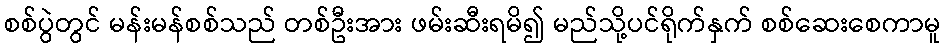
စစ်ပွဲတွင် မန်းမန်စစ်သည် တစ်ဦးအား ဖမ်းဆီးရမိ၍ မည်သို့ပင်ရိုက်နှက် စစ်ဆေးစေကာမူ